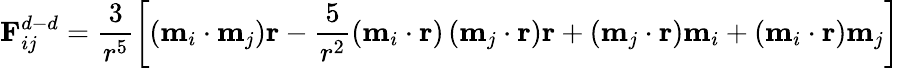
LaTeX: \textbf{F}_{ij}^{d-d}=\frac{3}{r^{5}}\left[\left(\textbf{m}_{i}\cdot\textbf{m}_{j}\right)\textbf{r}-\frac{5}{r^{2}}\left(\textbf{m}_{i}\cdot\textbf{r}\right)\left(\textbf{m}_{j}\cdot\textbf{r}\right)\textbf{r}+\left(\textbf{m}_{j}\cdot\textbf{r}\right)\textbf{m}_{i}+\left(\textbf{m}_{i}\cdot\textbf{r}\right)\textbf{m}_{j}\right]